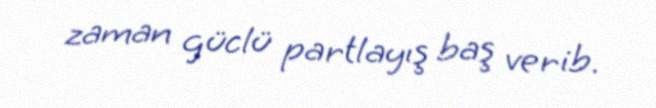
zaman güclü partlayış baş verib.